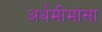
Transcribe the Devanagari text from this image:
अर्थमीमांसा